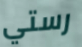
رستي